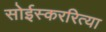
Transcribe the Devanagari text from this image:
सोईस्कररित्या